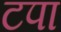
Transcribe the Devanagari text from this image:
टपा